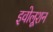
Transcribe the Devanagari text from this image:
इवोलूशन